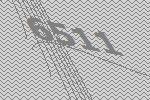
6511